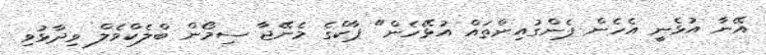
އޭނާ އުޅެނީ އެހެން ޕެންގުއިންތައް އުޅޭހެން" ޕާކްގެ މެނޭޖާ ސިމޯން ބްލެކްވެލް ވިދާޅުވި